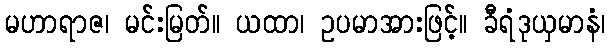
မဟာရာဇ၊ မင်းမြတ်။ ယထာ၊ ဥပမာအားဖြင့်။ ခီရံဒုယှမာနံ၊